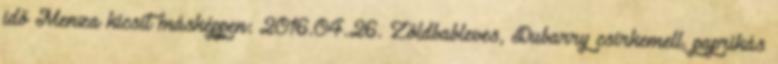
idő Menza kicsit másképpen: 2016.04.26. Zöldbableves, Dubarry csirkemell, paprikás